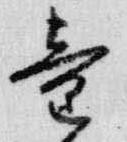
童